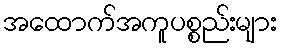
အထောက်အကူပစ္စည်းများ